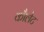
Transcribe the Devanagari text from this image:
कौलेट